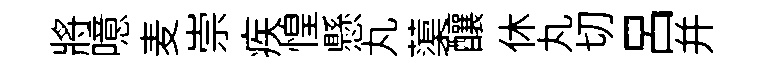
將噫麦崇疾惶懸丸蕖釀休丸切吕幷